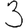
Digit: 3